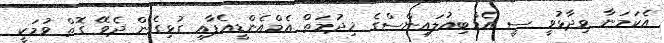
އެކަމަނާ ވިދާޅުވީ ސީ އެމްބިއުލައިންސްގެ ޚިދުމަތް އެމްއެންޑީއެފާއި ގުޅިގެން ދެވޭ ގޮތް ވުމަކީ